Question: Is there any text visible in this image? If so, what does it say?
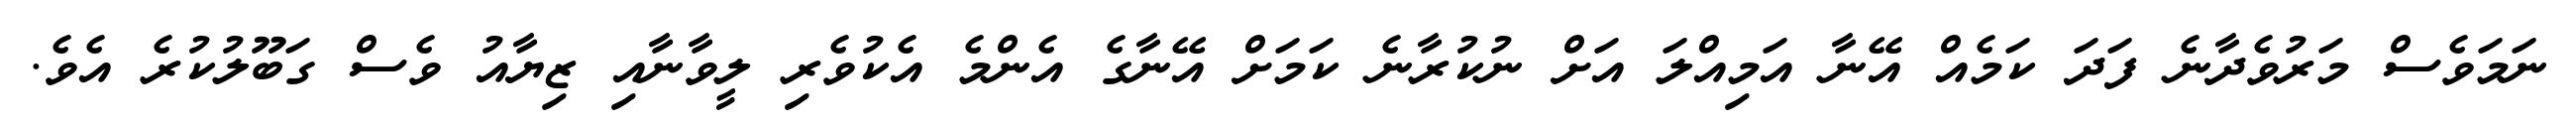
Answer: ނަމަވެސް މަރުވެދާނެ ފަދަ ކަމެއް އޭނާ އަމިއްލަ އަށް ނުކުރާނެ ކަމަށް އޭނާގެ އެންމެ އެކުވެރި ލީވާނާއި ޒިޔާއު ވެސް ގަބޫލުކުރެ އެވެ.